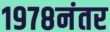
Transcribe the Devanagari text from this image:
१९७८नंतर